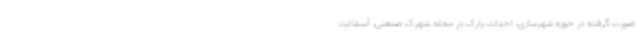
صورت گرفته در حوزه شهرسازی، احداث پارک در محله شهرک صنعتی، آسفالت